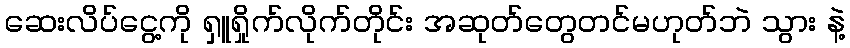
ဆေးလိပ်ငွေ့ကို ရှူရှိုက်လိုက်တိုင်း အဆုတ်တွေတင်မဟုတ်ဘဲ သွား နဲ့